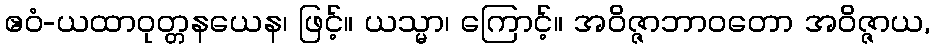
ဧဝံ-ယထာဝုတ္တနယေန၊ ဖြင့်။ ယသ္မာ၊ ကြောင့်။ အဝိဇ္ဇာဘာဝတော အဝိဇ္ဇာယ,